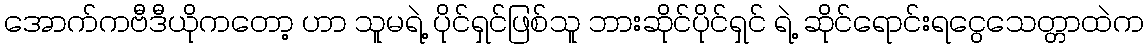
အောက်ကဗီဒီယိုကတော့ ဟာ သူမရဲ့ ပိုင်ရှင်ဖြစ်သူ ဘားဆိုင်ပိုင်ရှင် ရဲ့ ဆိုင်ရောင်းရငွေသေတ္တာထဲက